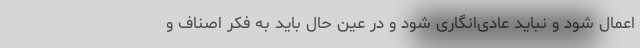
اعمال شود و نباید عادی‌انگاری شود و در عین حال باید به فکر اصناف و